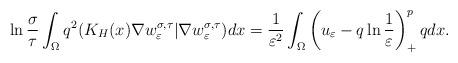
LaTeX: \begin{align*}\ln\frac{\sigma}{\tau}\int_{\Omega}q^2(K_H(x)\nabla w^{\sigma, \tau}_\varepsilon|\nabla w^{\sigma, \tau}_\varepsilon)dx=\frac{1}{\varepsilon^2}\int_{\Omega}\left (u_\varepsilon-q\ln\frac{1}{\varepsilon}\right )_+^{p}qdx.\end{align*}